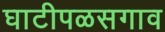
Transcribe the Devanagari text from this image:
घाटीपळसगाव